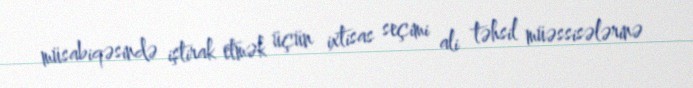
müsabiqəsində iştirak etmək üçün ixtisas seçimi ali təhsil müəssisələrinə